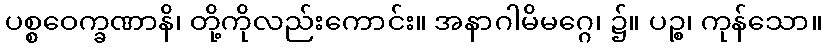
ပစ္စဝေက္ခဏာနိ၊ တို့ကိုလည်းကောင်း။ အနာဂါမိမဂ္ဂေ၊ ၌။ ပဉ္စ၊ ကုန်သော။